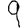
Digit: 9